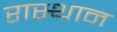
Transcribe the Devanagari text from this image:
रास्थान